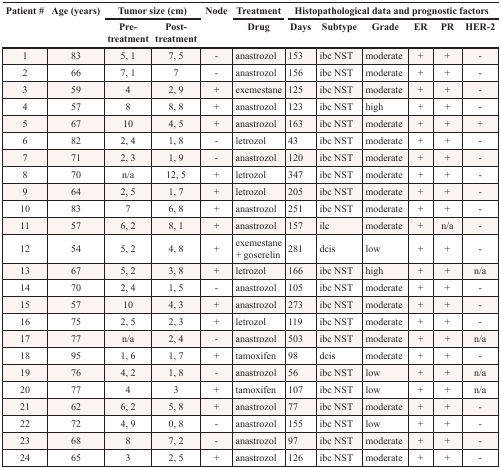
<table><thead><tr><td rowspan="2"><b>Patient #</b></td><td rowspan="2"><b>Age (years)</b></td><td colspan="2"><b>Tumor size (cm)</b></td><td rowspan="2"><b>Node</b></td><td><b>Treatment</b></td><td colspan="6"><b>Histopathological data and prognostic factors</b></td></tr><tr><td><b>Pre-treatment</b></td><td><b>Post-treatment</b></td><td><b>Drug</b></td><td><b>Days</b></td><td><b>Subtype</b></td><td><b>Grade</b></td><td><b>ER</b></td><td><b>PR</b></td><td><b>HER-2</b></td></tr></thead><tbody><tr><td>1</td><td>83</td><td>5, 1</td><td>7, 5</td><td>-</td><td>anastrozol</td><td>153</td><td>ibc NST</td><td>moderate</td><td>+</td><td>+</td><td>-</td></tr><tr><td>2</td><td>66</td><td>7, 1</td><td>7</td><td>-</td><td>anastrozol</td><td>156</td><td>ibc NST</td><td>moderate</td><td>+</td><td>+</td><td>-</td></tr><tr><td>3</td><td>59</td><td>4</td><td>2, 9</td><td>+</td><td>exemestane</td><td>125</td><td>ibc NST</td><td>moderate</td><td>+</td><td>+</td><td>-</td></tr><tr><td>4</td><td>57</td><td>8</td><td>8, 8</td><td>+</td><td>anastrozol</td><td>123</td><td>ibc NST</td><td>high</td><td>+</td><td>+</td><td>-</td></tr><tr><td>5</td><td>67</td><td>10</td><td>4, 5</td><td>+</td><td>anastrozol</td><td>163</td><td>ibc NST</td><td>moderate</td><td>+</td><td>+</td><td>+</td></tr><tr><td>6</td><td>82</td><td>2, 4</td><td>1, 8</td><td>-</td><td>letrozol</td><td>43</td><td>ibc NST</td><td>moderate</td><td>+</td><td>+</td><td>-</td></tr><tr><td>7</td><td>71</td><td>2, 3</td><td>1, 9</td><td>-</td><td>anastrozol</td><td>120</td><td>ibc NST</td><td>moderate</td><td>+</td><td>+</td><td>-</td></tr><tr><td>8</td><td>70</td><td>n/a</td><td>12, 5</td><td>+</td><td>letrozol</td><td>347</td><td>ibc NST</td><td>moderate</td><td>+</td><td>+</td><td>-</td></tr><tr><td>9</td><td>64</td><td>2, 5</td><td>1, 7</td><td>+</td><td>letrozol</td><td>205</td><td>ibc NST</td><td>moderate</td><td>+</td><td>+</td><td>-</td></tr><tr><td>10</td><td>83</td><td>7</td><td>6, 8</td><td>+</td><td>anastrozol</td><td>251</td><td>ibc NST</td><td>moderate</td><td>+</td><td>+</td><td>-</td></tr><tr><td>11</td><td>57</td><td>6, 2</td><td>8, 1</td><td>+</td><td>anastrozol</td><td>157</td><td>ilc</td><td>moderate</td><td>+</td><td>n/a</td><td>-</td></tr><tr><td>12</td><td>54</td><td>5, 2</td><td>4, 8</td><td>+</td><td>exemestane + goserelin</td><td>281</td><td>dcis</td><td>low</td><td>+</td><td>+</td><td>-</td></tr><tr><td>13</td><td>67</td><td>5, 2</td><td>3, 8</td><td>+</td><td>letrozol</td><td>166</td><td>ibc NST</td><td>high</td><td>+</td><td>+</td><td>n/a</td></tr><tr><td>14</td><td>70</td><td>2, 4</td><td>1, 5</td><td>-</td><td>anastrozol</td><td>105</td><td>ibc NST</td><td>moderate</td><td>+</td><td>+</td><td>-</td></tr><tr><td>15</td><td>57</td><td>10</td><td>4, 3</td><td>+</td><td>anastrozol</td><td>273</td><td>ibc NST</td><td>moderate</td><td>+</td><td>+</td><td>-</td></tr><tr><td>16</td><td>75</td><td>2, 5</td><td>2, 3</td><td>+</td><td>letrozol</td><td>119</td><td>ibc NST</td><td>moderate</td><td>+</td><td>+</td><td>-</td></tr><tr><td>17</td><td>77</td><td>n/a</td><td>2, 4</td><td>-</td><td>anastrozol</td><td>503</td><td>ibc NST</td><td>moderate</td><td>+</td><td>+</td><td>n/a</td></tr><tr><td>18</td><td>95</td><td>1, 6</td><td>1, 7</td><td>+</td><td>tamoxifen</td><td>98</td><td>dcis</td><td>moderate</td><td>+</td><td>+</td><td>-</td></tr><tr><td>19</td><td>76</td><td>4, 2</td><td>1, 8</td><td>-</td><td>anastrozol</td><td>56</td><td>ibc NST</td><td>low</td><td>+</td><td>+</td><td>n/a</td></tr><tr><td>20</td><td>77</td><td>4</td><td>3</td><td>+</td><td>tamoxifen</td><td>107</td><td>ibc NST</td><td>low</td><td>+</td><td>+</td><td>n/a</td></tr><tr><td>21</td><td>62</td><td>6, 2</td><td>5, 8</td><td>+</td><td>anastrozol</td><td>77</td><td>ibc NST</td><td>moderate</td><td>+</td><td>+</td><td>-</td></tr><tr><td>22</td><td>72</td><td>4, 9</td><td>0, 8</td><td>-</td><td>anastrozol</td><td>155</td><td>ibc NST</td><td>low</td><td>+</td><td>+</td><td>-</td></tr><tr><td>23</td><td>68</td><td>8</td><td>7, 2</td><td>-</td><td>anastrozol</td><td>97</td><td>ibc NST</td><td>moderate</td><td>+</td><td>+</td><td>-</td></tr><tr><td>24</td><td>65</td><td>3</td><td>2, 5</td><td>+</td><td>anastrozol</td><td>126</td><td>ibc NST</td><td>moderate</td><td>+</td><td>+</td><td>-</td></tr></tbody></table>